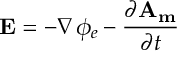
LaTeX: \mathbf { E } = - \nabla \phi _ { e } - \frac { \partial \mathbf { A _ { m } } } { \partial t }